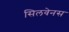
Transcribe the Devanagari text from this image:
सिलवेनस